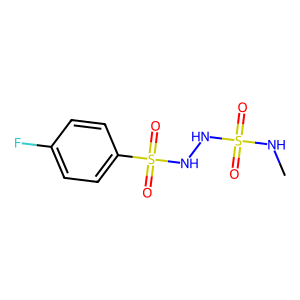
SMILES: CNS(=O)(=O)NNS(=O)(=O)c1ccc(F)cc1
Inhibits HIV replication: No